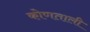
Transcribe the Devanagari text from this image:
कोणताली